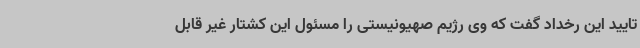
تایید این رخداد گفت که وی رژیم صهیونیستی را مسئول این کشتار غیر قابل